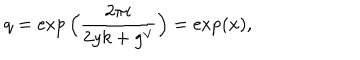
q = \exp \Big ( \frac { 2 \pi i } { 2 y k + g ^ { \vee } } \Big ) = \exp ( x ) ,